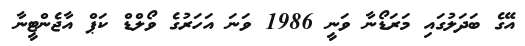
އޭގެ ބަދަލުގައި މަރަޑޯނާ ވަނީ 1986 ވަނަ އަހަރުގެ ވޯލްޑް ކަޕް އާޖެންޓީނާ